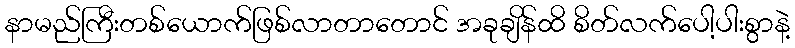
နာမည်ကြီးတစ်ယောက်ဖြစ်လာတာတောင် အခုချိန်ထိ စိတ်လက်ပေါ့ပါးစွာနဲ့